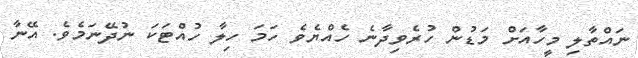
ނައްތާލި މީހާއަށް މަޑުން ހުރެވިދާނެ ހެއްޔެވެ ހަމަ ހިލާ ހުއްޓަކަ ނުދޭނަމެވެ. އޭނާ